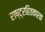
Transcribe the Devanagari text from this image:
राष्ट्रहितकारक